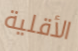
الأقلية